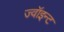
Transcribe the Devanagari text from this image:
ज्वॉइन्ट